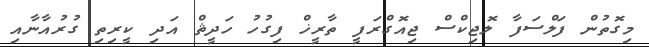
މިގޮތުން ފަލްސަފާ ލޮޖިކްސް ޖިއޮގްރަފީ ތާރީޚް ފިގުހު ހަދީޘް އަދި ކީރިތި ގުރުއާނާއި